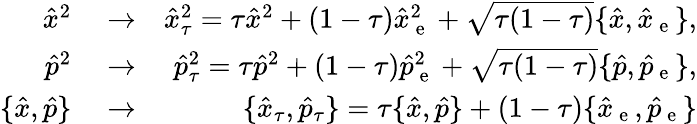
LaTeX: \begin{array}{rlr}{\hat{x}^{2}}&{{}\rightarrow}&{\hat{x}_{\tau}^{2}=\tau\hat{x}^{2}+(1-\tau)\hat{x}_{\mathrm{~e~}}^{2}+\sqrt{\tau(1-\tau)}\{ \hat{x},\hat{x}_{\mathrm{~e~}}\} ,}\\ {\hat{p}^{2}}&{{}\rightarrow}&{\hat{p}_{\tau}^{2}=\tau\hat{p}^{2}+(1-\tau)\hat{p}_{\mathrm{~e~}}^{2}+\sqrt{\tau(1-\tau)}\{ \hat{p},\hat{p}_{\mathrm{~e~}}\} ,}\\ {\{ \hat{x},\hat{p}\} }&{{}\rightarrow}&{\{ \hat{x}_{\tau},\hat{p}_{\tau}\} =\tau\{ \hat{x},\hat{p}\} +(1-\tau)\{ \hat{x}_{\mathrm{~e~}},\hat{p}_{\mathrm{~e~}}\} }\end{array}